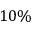
1 0 \%